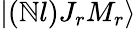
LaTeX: |(\mathbb{N}l)J_{r}M_{r}\rangle